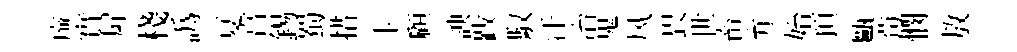
㢘實屛棧譌夏亯錫蜀措卞顧諛跋馭汗冶鬼风畏世畜弁始頂甌茍憫敖